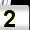
Digit: 2